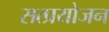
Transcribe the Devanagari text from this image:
सत्प्रयोजन